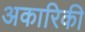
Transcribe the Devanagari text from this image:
अकारिकी